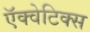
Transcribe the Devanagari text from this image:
ऍक्वेटिक्स